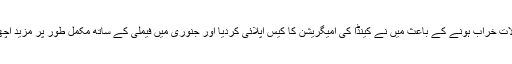
رواں سال میں سعودی عرب کے نوکریوں کے حالات خراب ہونے کے باعث میں نے کینڈا کی امیگریشن کا کیس اپلائی کردیا اور جنوری میں فیملی کے ساتھ مکمل طور پر مزید اچھے مستقبل کے حصول کے لیے رہائش پذیر ہوگیا۔